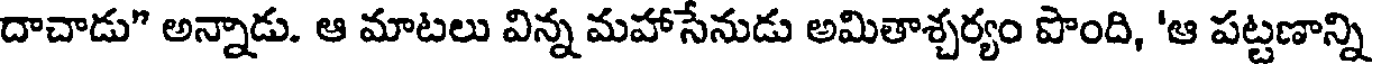
దాచాడు" అన్నాడు. ఆ మాటలు విన్న మహాసేనుడు అమితాశ్చర్యం పొంది, 'ఆ పట్టణాన్ని